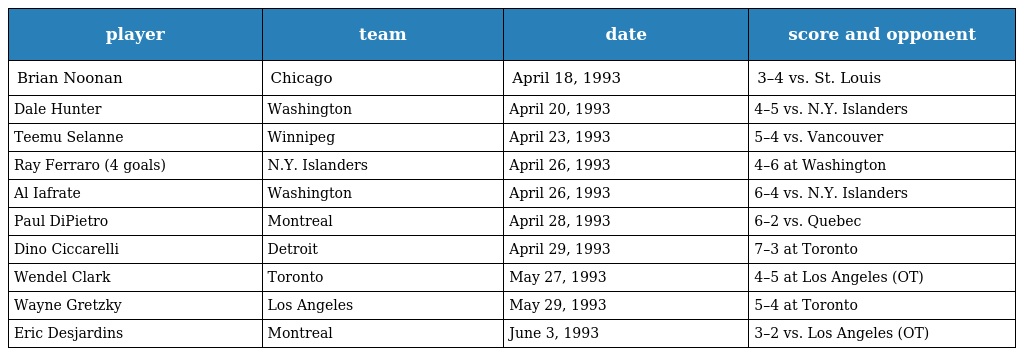
| player | team | date | score and opponent |
 | --- | --- | --- | --- |
 | Brian Noonan | Chicago | April 18, 1993 | 3–4 vs. St. Louis |
 | Dale Hunter | Washington | April 20, 1993 | 4–5 vs. N.Y. Islanders |
 | Teemu Selanne | Winnipeg | April 23, 1993 | 5–4 vs. Vancouver |
 | Ray Ferraro (4 goals) | N.Y. Islanders | April 26, 1993 | 4–6 at Washington |
 | Al Iafrate | Washington | April 26, 1993 | 6–4 vs. N.Y. Islanders |
 | Paul DiPietro | Montreal | April 28, 1993 | 6–2 vs. Quebec |
 | Dino Ciccarelli | Detroit | April 29, 1993 | 7–3 at Toronto |
 | Wendel Clark | Toronto | May 27, 1993 | 4–5 at Los Angeles (OT) |
 | Wayne Gretzky | Los Angeles | May 29, 1993 | 5–4 at Toronto |
 | Eric Desjardins | Montreal | June 3, 1993 | 3–2 vs. Los Angeles (OT) |